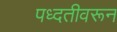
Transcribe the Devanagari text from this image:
पध्दतीवरून